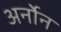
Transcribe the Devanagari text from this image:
अर्नोन